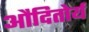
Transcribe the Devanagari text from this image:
औदितोर्य